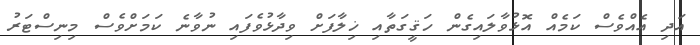
އަދި އެއްވެސް ކަމެއް އޮޅުވާލައިގެން ހަޤީގަތާއި ޚިލާފަށް ވިދާޅުވެފައި ނުވާނެ ކަމަށްވެސް މިނިސްޓަރު